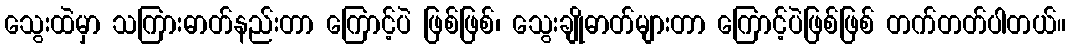
သွေးထဲမှာ သကြားဓာတ်နည်းတာ ကြောင့်ပဲ ဖြစ်ဖြစ်၊ သွေးချိုဓာတ်များတာ ကြောင့်ပဲဖြစ်ဖြစ် တက်တတ်ပါတယ်။